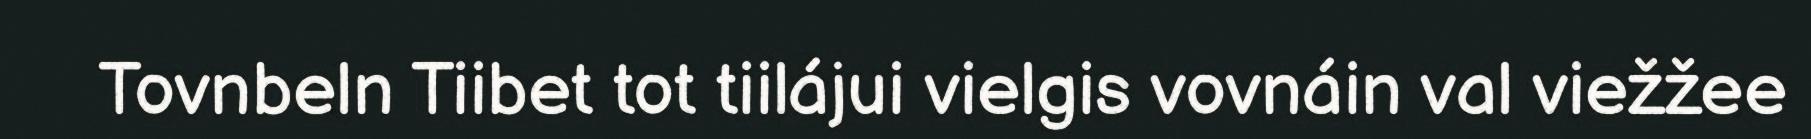
Tovnbeln Tiibet tot tiilájui vielgis vovnáin val viežžee